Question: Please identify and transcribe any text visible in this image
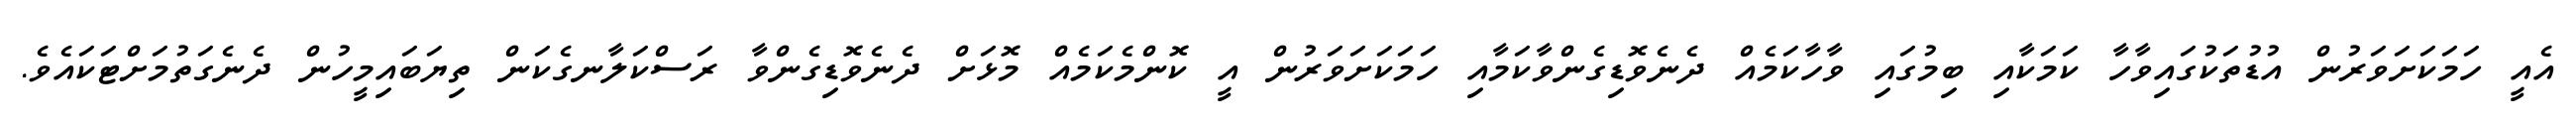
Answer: އެއީ ހަމަކަށަވަރުން އުޑުތަކުގައިވާހާ ކަމަކާއި ބިމުގައި ވާހާކަމެއް ދެނެވޮޑިގެންވާކަމާއި ހަމަކަށަވަރުން އީ ކޮންމެކަމެއް މޮޅަށް ދެނެވޮޑިގެންވާ ރަސްކަލާނގެކަން ތިޔަބައިމީހުން ދެނެގަތުމަށްޓަކައެވެ.